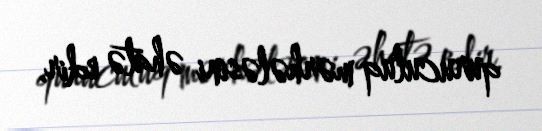
quruculuq mərhələsini əhatə edir.